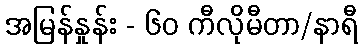
အမြန်နှုန်း - ၆၀ ကီလိုမီတာ/နာရီ